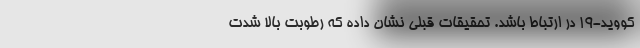
کووید-۱۹ در ارتباط باشد. تحقیقات قبلی نشان داده که رطوبت بالا شدت